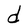
Character: d